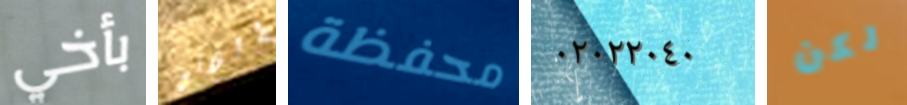
بأخي اللاتى محفظة ٠٢٠٢٢٠٤٠ لكن